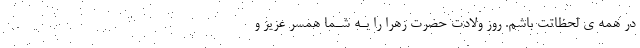
در همه ی لحظاتت باشم. روز ولادت حضرت زهرا را بـه شـما همسر عزیز و